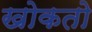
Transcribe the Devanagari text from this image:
खोकतो